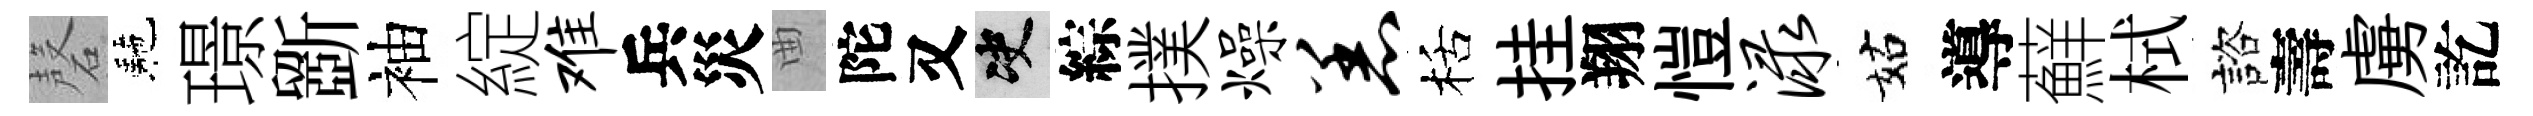
磬駰璟斵袖綻难兵災曲陀又决綜撲燥恙栝挂翔愷渌姑導蘚栻諮壽虜訖